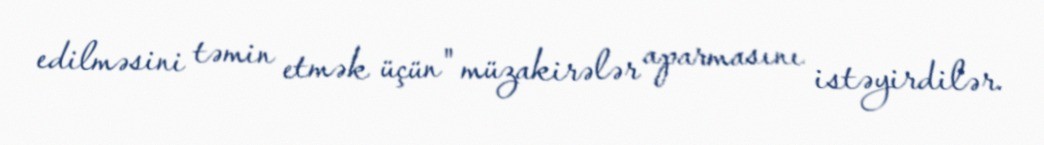
edilməsini təmin etmək üçün" müzakirələr aparmasını istəyirdilər.